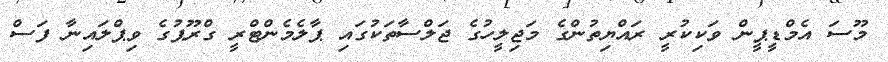
މޫސަ އެމްޑީޕީން ވަކިކުރީ ރައްޔިތުންގެ މަޖިލީހުގެ ޖަލްސާތަކުގައި ޕާލެމެންޓްރީ ގްރޫޕުގެ ވިޕްލައިނާ ފަސް